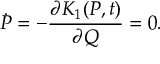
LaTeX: \dot { P } = - \frac { \partial K _ { 1 } ( P , t ) } { \partial Q } = 0 .